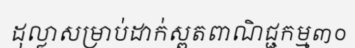
ដុល្លាសម្រាប់ដាក់ស្ពតពាណិជ្ជកម្ម៣០